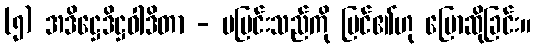
(၅) အဒိဋ္ဌေဒိဋ္ဌဝါဒိတာ - မမြင်းသည်ကို မြင်၏ဟု ပြောဆိုခြင်း။